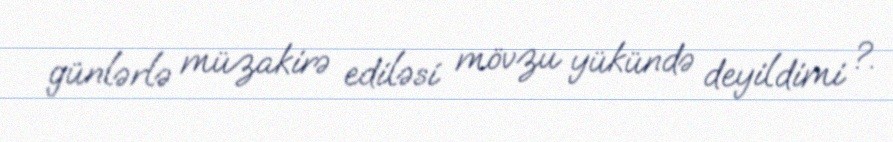
günlərlə müzakirə ediləsi mövzu yükündə deyildimi ?.